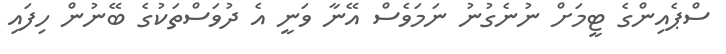
ސްޕެއިންގެ ޓީމަށް ނުނެގުނު ނަމަވެސް އޭނާ ވަނީ އެ ދުވަސްތަކުގެ ބޭނުން ހިފައި